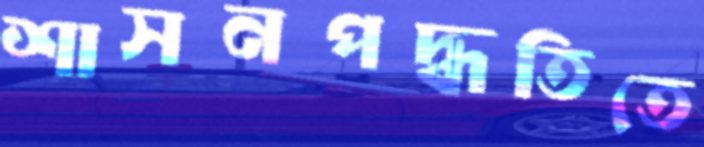
শাসনপদ্ধতিতে